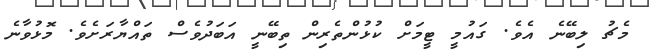
މެޗު ލިބޭނެ އެވެ. ގައުމީ ޓީމަށް ކުޅުުންތެރިން ތިބޭނީ އަބަދުވެސް ތައްޔާރަށެވެ. މޮޅުވާނެ